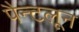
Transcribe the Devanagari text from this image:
पैन्टलून